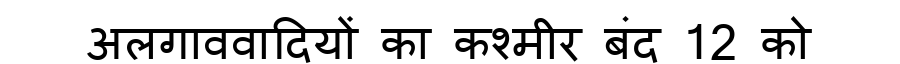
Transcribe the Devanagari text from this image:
अलगाववादियों का कश्मीर बंद 12 को